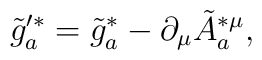
\tilde{g}'^*_a = \tilde{g}^*_a -\partial_\mu \tilde{A}^{*\mu}_a,